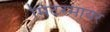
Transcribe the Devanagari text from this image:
मिटरमायर